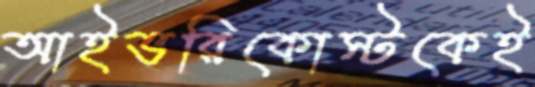
আইভরিকোস্টকেই